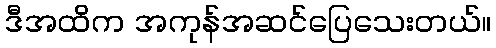
ဒီအထိက အကုန်အဆင်ပြေသေးတယ်။